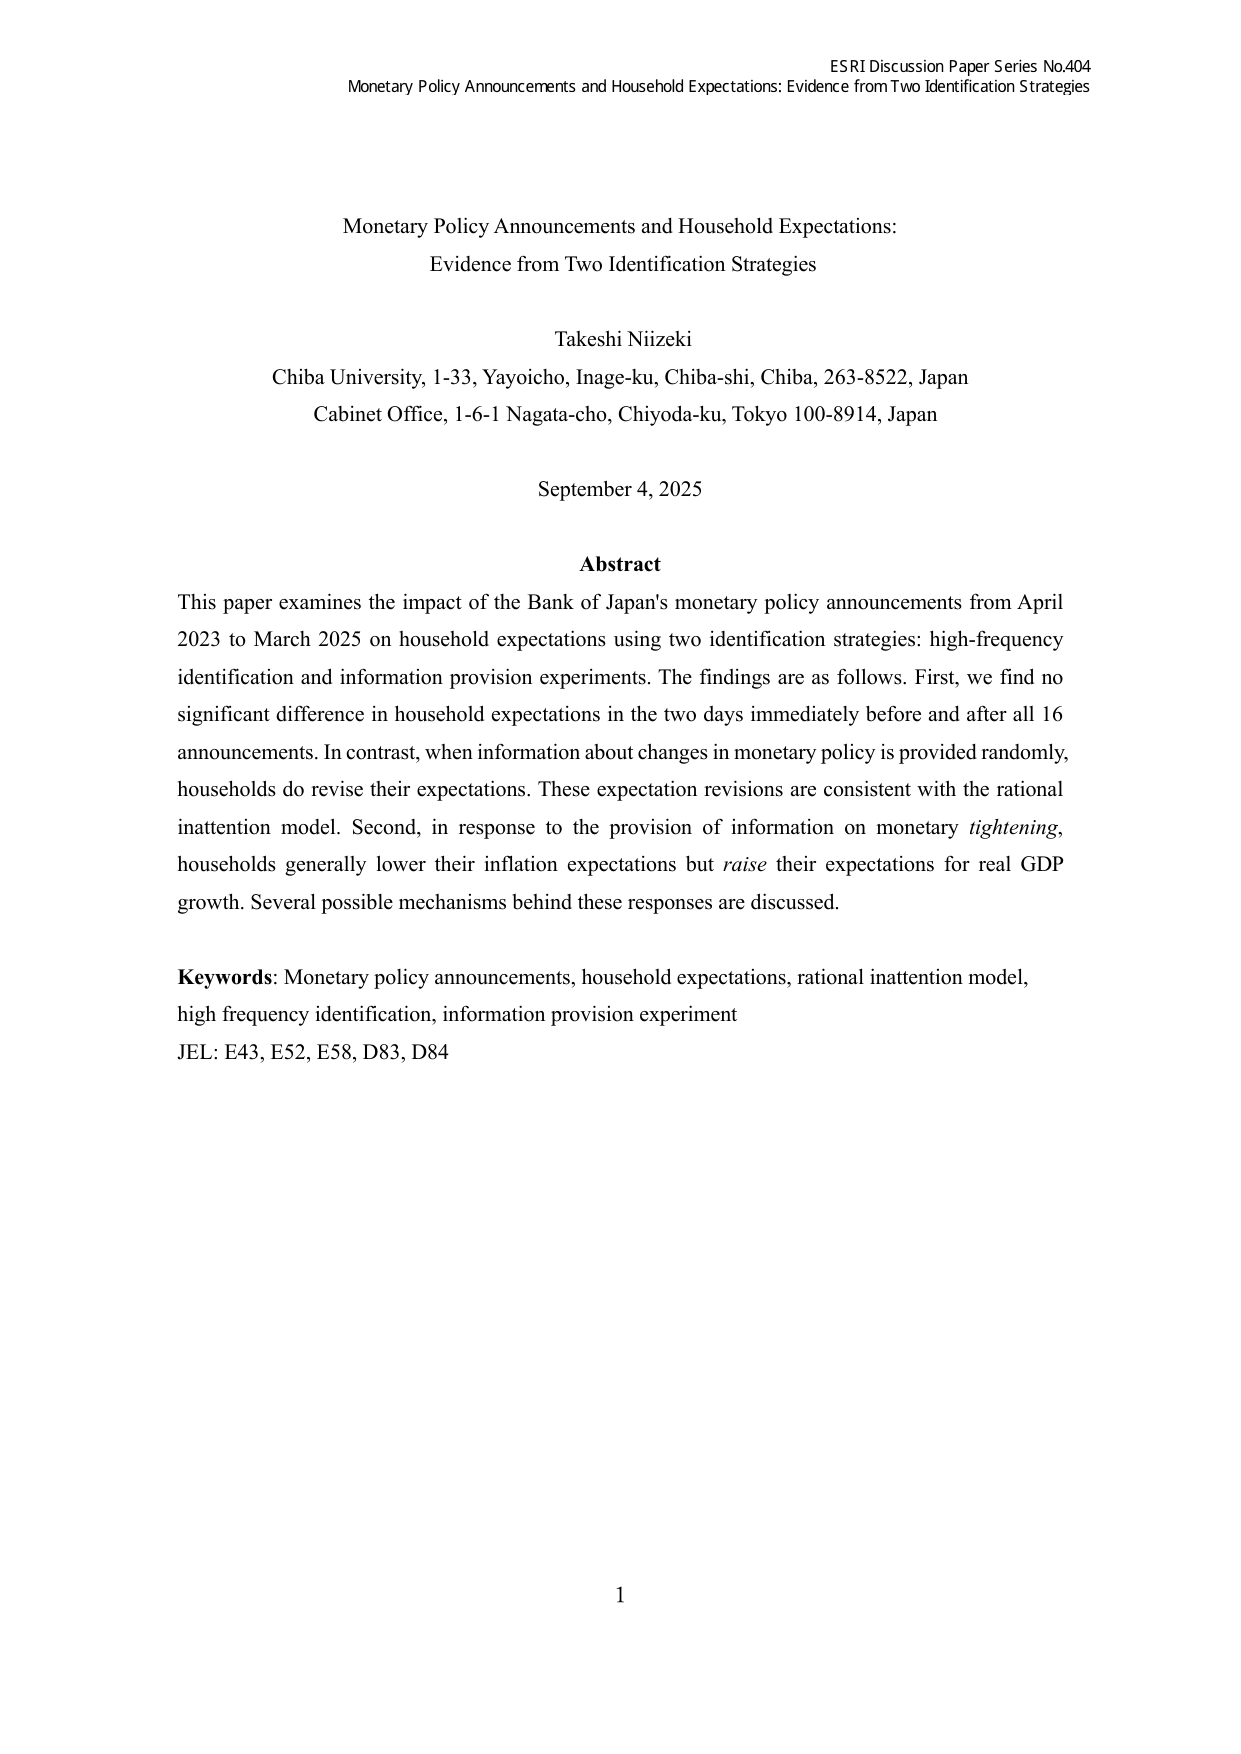
ESRI Discussion Paper Series No.404
Monetary Policy Announcements and Household Expectations: Evidence from Two Identification Strategies

Monetary Policy Announcements and Household Expectations:
Evidence from Two Identification Strategies

Takeshi Niizeki
Chiba University, 1-33, Yayoi-cho, Inage-ku, Chiba-shi, Chiba, 263-8522, Japan
Cabinet Office, 1-6-1 Nagata-cho, Chiyoda-ku, Tokyo 100-8914, Japan

September 4, 2025

Abstract
This paper examines the impact of the Bank of Japan's monetary policy announcements from April 2023 to March 2025 on household expectations using two identification strategies: high-frequency identification and information provision experiments. The findings are as follows. First, we find no significant difference in household expectations in the two days immediately before and after all 16 announcements. In contrast, when information about changes in monetary policy is provided randomly, households do revise their expectations. These expectation revisions are consistent with the rational inattention model. Second, in response to the provision of information on monetary tightening, households generally lower their inflation expectations but raise their expectations for real GDP growth. Several possible mechanisms behind these responses are discussed.

Keywords: Monetary policy announcements, household expectations, rational inattention model, high frequency identification, information provision experiment
JEL: E43, E52, E58, D83, D84

1